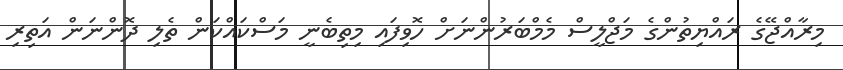
މިރާއްޖޭގެ ރައްޔިތުންގެ މަޖްލީސް މެމްބަރުންނަށް ހޮވިފައި މިތިބެނީ މަސްކައްކަން ތެލި ދޮންނަން އަތިރި